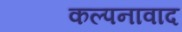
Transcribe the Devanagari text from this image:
कल्पनावाद